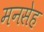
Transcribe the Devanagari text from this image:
मनसेह